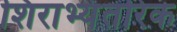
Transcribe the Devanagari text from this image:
शिराभ्यंतरिक